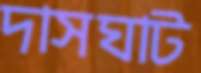
দাসঘাট